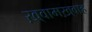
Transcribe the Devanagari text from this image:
ख़्वामख़्वाह